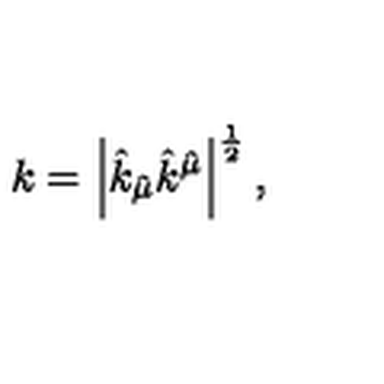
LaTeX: k = \left| \hat { k } _ { \hat { \mu } } \hat { k } ^ { \hat { \mu } } \right| ^ { \frac { 1 } { 2 } } ,